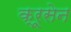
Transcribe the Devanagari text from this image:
क्रूसेन